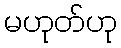
မဟုတ်ဟု